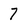
Character: 7